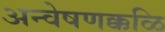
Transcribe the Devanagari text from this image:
अन्वेषणक्कळि